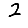
Digit: 2